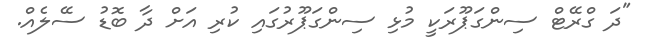
"ދަ ގްރޭޓް ސިންގަޕޫރަކީ މުޅި ސިންގަޕޫރުގައި ކުރި އަށް ދާ ބޮޑު ސޭލެއް.